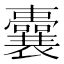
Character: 囊